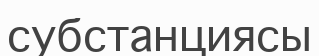
субстанциясы